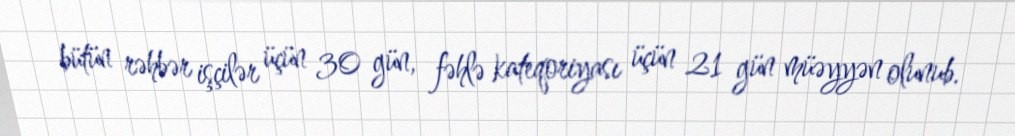
bütün rəhbər işçilər üçün 30 gün, fəhlə kateqoriyası üçün 21 gün müəyyən olunub.